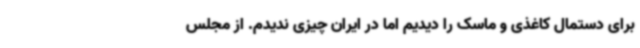
برای دستمال کاغذی و ماسک را دیدیم اما در ایران چیزی ندیدم. از مجلس